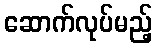
ဆောက်လုပ်မည့်